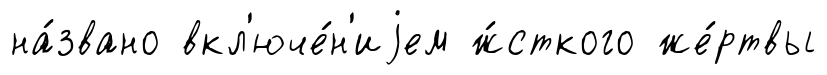
на́звано вкл'юче́н'иjем ж́сткого же́ртвы